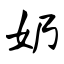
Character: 奶